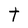
Character: t